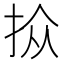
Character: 𪭮